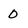
Character: D